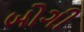
બોગી